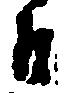
殿